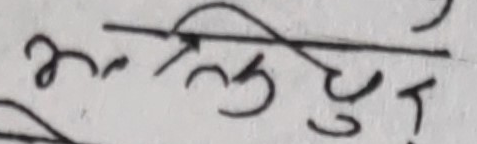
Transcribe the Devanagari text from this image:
अर्तुलचुर्